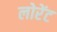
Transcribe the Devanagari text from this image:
लोरेंट